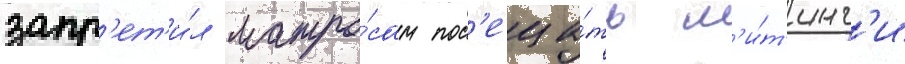
запр'ет'и́л матро́сам пос'еща́ть м'и́т'инг'и